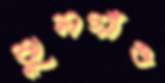
ঝুলগাঁও